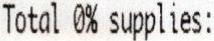
TOTAL 0% SUPPLIES: